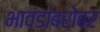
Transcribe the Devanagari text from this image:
भावंडांबरोबर